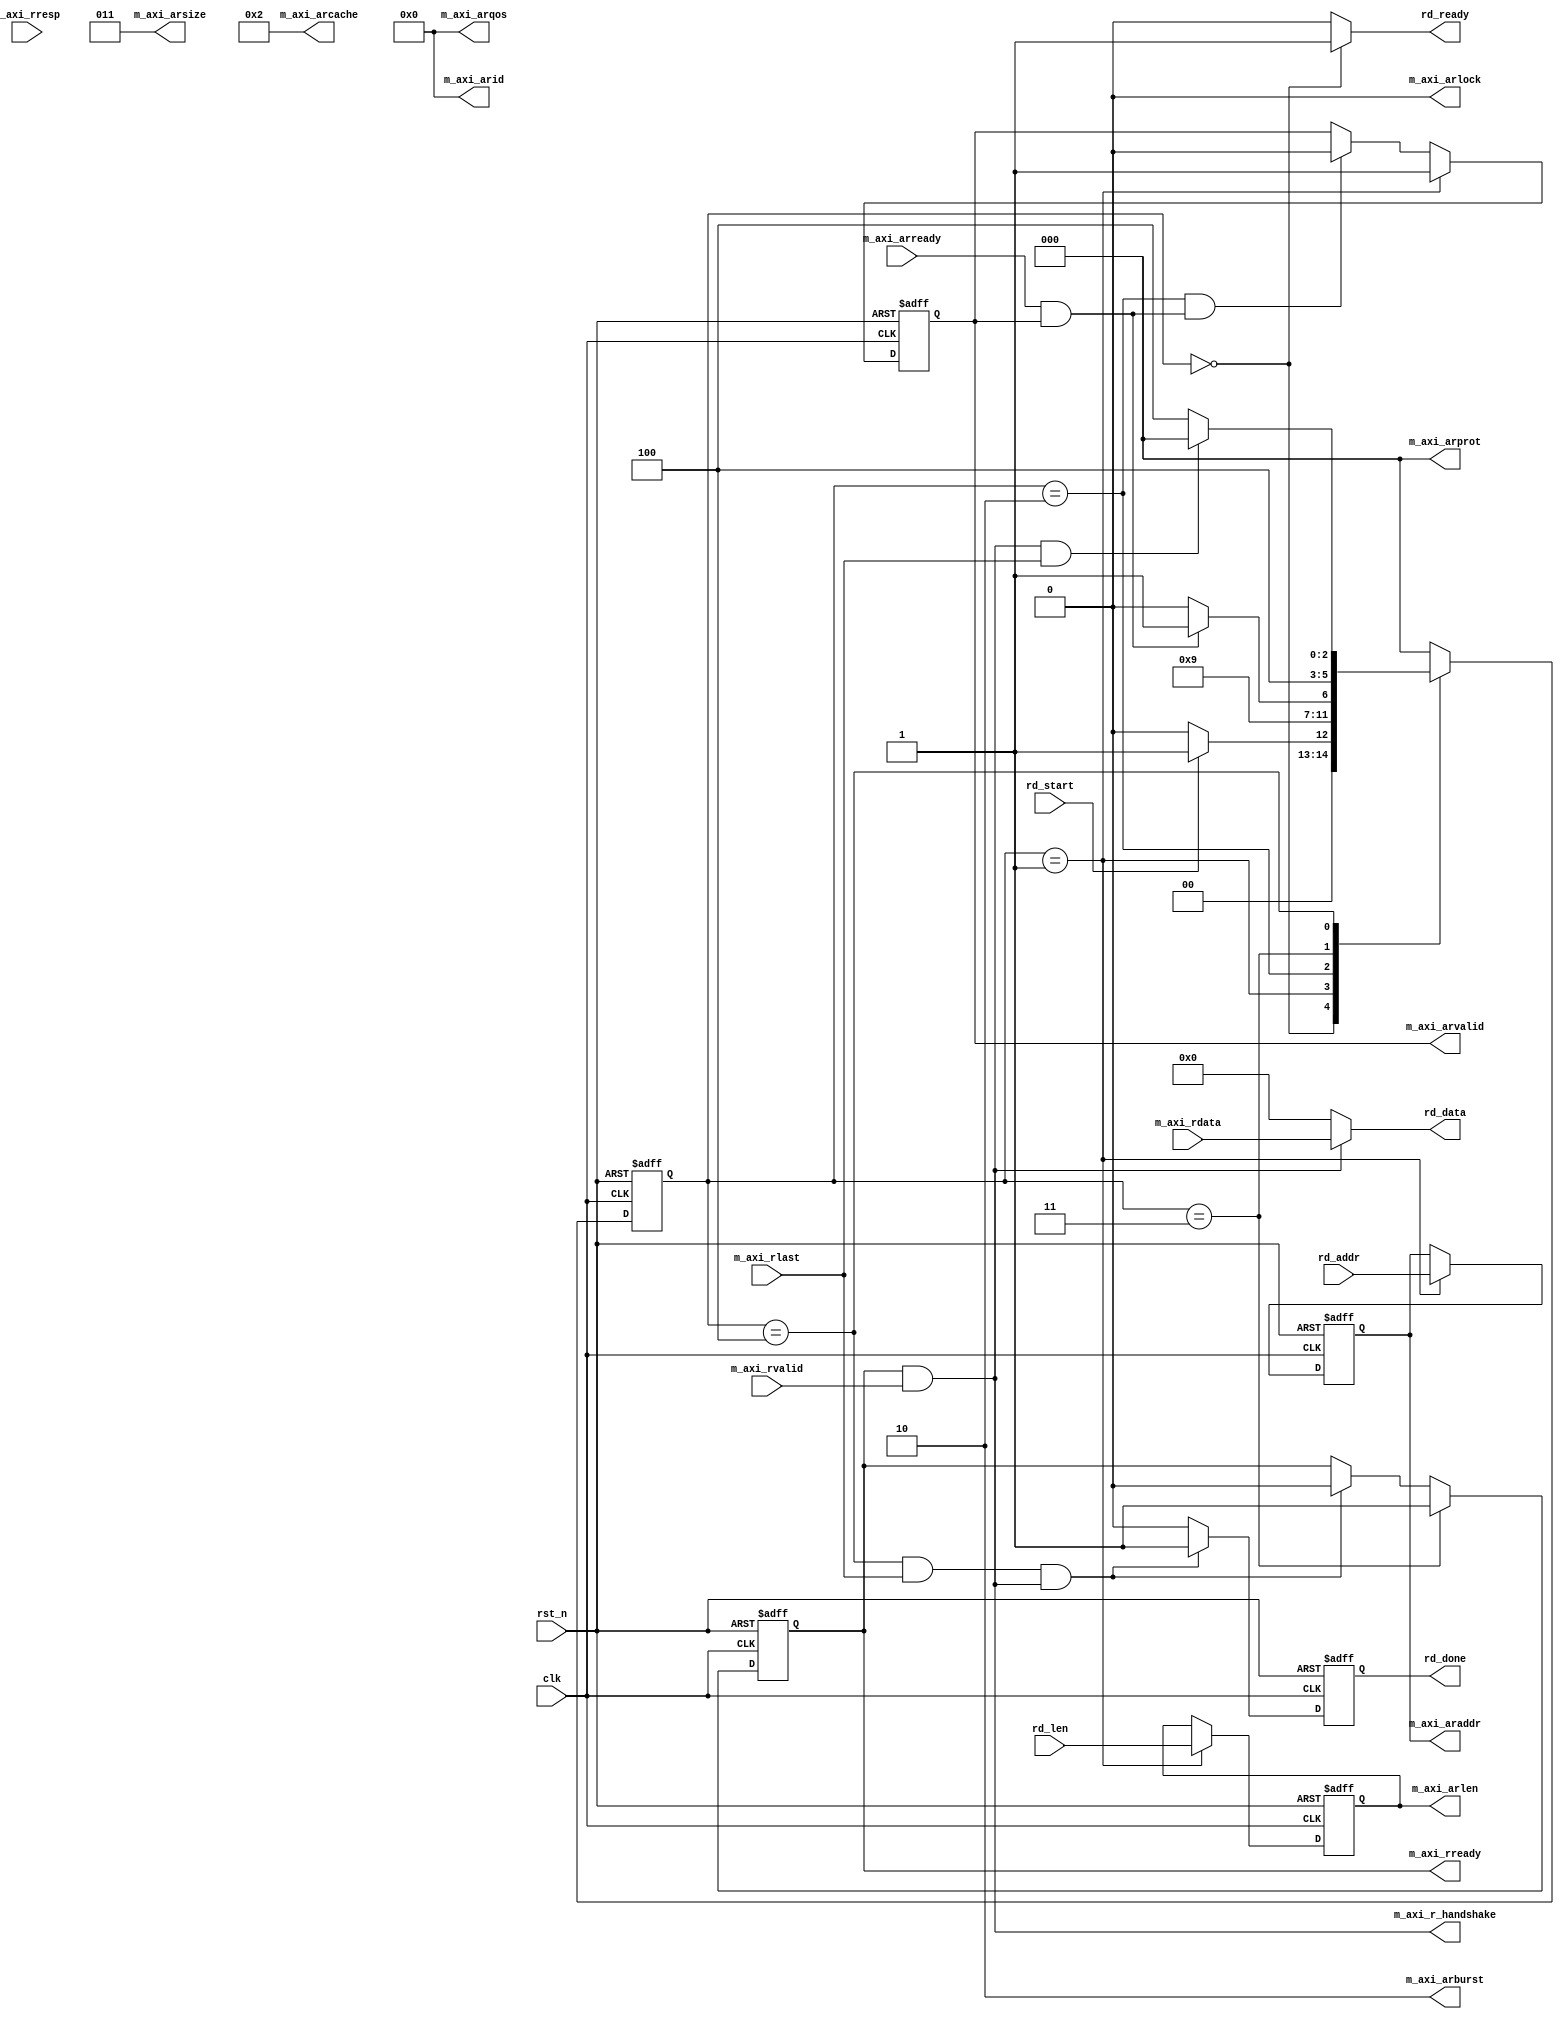
`timescale 1ns / 1ps
//////////////////////////////////////////////////////////////////////////////////
// Module Name: axi_master_rd 
// Description: AXI4,
//////////////////////////////////////////////////////////////////////////////////


module axi_master_rd
#(parameter     AXI_WIDTH     = 'd64    ,  //AXI
                AXI_AXSIZE    = 3'b011   )  //AXIaxi_axsize, AXI_WIDTH
(
        //
        input   wire                    clk              ,
        input   wire                    rst_n            ,
        input   wire                    rd_start         , //
        input   wire [29:0]             rd_addr          , //
        output  wire [AXI_WIDTH-1:0]    rd_data          , //
        input   wire [7:0]              rd_len           , //
        output  reg                     rd_done          , //
        output  wire                    rd_ready         , //
        output  wire                    m_axi_r_handshake, //
        
        //AXI4
        output  wire [3:0]              m_axi_arid      , 
        output  reg  [29:0]             m_axi_araddr    ,
        output  reg  [7:0]              m_axi_arlen     , //
        output  wire [2:0]              m_axi_arsize    , //(Byte)
        output  wire [1:0]              m_axi_arburst   , //
        output  wire                    m_axi_arlock    , 
        output  wire [3:0]              m_axi_arcache   , 
        output  wire [2:0]              m_axi_arprot    ,
        output  wire [3:0]              m_axi_arqos     ,
        output  reg                     m_axi_arvalid   , //valid
        input   wire                    m_axi_arready   , //
        
        //
        input   wire [AXI_WIDTH-1:0]    m_axi_rdata     , //
        input   wire [1:0]              m_axi_rresp     , //
        input   wire                    m_axi_rlast     , //
        input   wire                    m_axi_rvalid    , //
        output  reg                     m_axi_rready      //ready
    );
    
    //
    parameter   M_AXI_ARID      =  4'd0         ,
                M_AXI_ARSIZE    =  AXI_AXSIZE   , 
                M_AXI_ARBURST   =  2'b10        , //, INCR
                M_AXI_ARLOCK    =  1'b0         , //
                M_AXI_ARCACHE   =  4'b0010      , //, Normal Non-cacheable Non-bufferable
                M_AXI_ARPROT    =  3'b0         ,
                M_AXI_ARQOS     =  4'b0         ;   
    
    //
    parameter   IDLE    =   3'b000,  //
                RA_WAIT =   3'b001,  //
                RA      =   3'b010,  //
                R_WAIT  =   3'b011,  //
                R       =   3'b100;  //
    
    //
    reg [2:0]   state       ;
    reg [2:0]   next_state  ;
    
    //
    wire        m_axi_ar_handshake;  //
/*     reg         m_axi_r_handshake_d; //, */
    
    assign      m_axi_ar_handshake = m_axi_arready & m_axi_arvalid;
    assign      m_axi_r_handshake  = m_axi_rready & m_axi_rvalid;
    
    
    //
    assign  m_axi_arid    = M_AXI_ARID      ;
    assign  m_axi_arsize  = M_AXI_ARSIZE    ;
    assign  m_axi_arburst = M_AXI_ARBURST   ;
    assign  m_axi_arlock  = M_AXI_ARLOCK    ;
    assign  m_axi_arcache = M_AXI_ARCACHE   ;
    assign  m_axi_arprot  = M_AXI_ARPROT    ;
    assign  m_axi_arqos   = M_AXI_ARQOS     ;
    
    //
    //state
    always@(posedge clk or negedge rst_n) begin
        if(~rst_n) begin
            state <= IDLE;
        end else begin
            state <= next_state;
        end
    end

    //
    //next_state
    always@(*) begin
        case(state) 
            IDLE: begin  //(rd_start)
                if(rd_start) begin
                    next_state = RA_WAIT; //rd_start
                end else begin
                    next_state = IDLE;
                end
            end
            
            RA_WAIT: begin
                next_state = RA;
            end
            
            RA: begin
                if(m_axi_ar_handshake) begin //
                    next_state = R_WAIT;
                end else begin
                    next_state = RA;
                end
            end
            
            R_WAIT: begin
                next_state = R;
            end
            
            R: begin
                if(m_axi_r_handshake && m_axi_rlast) begin  //,
                    next_state = IDLE;
                end else begin
                    next_state = R;
                end
            end
            
            default: begin
                next_state = IDLE;
            end
        endcase
    end
    
    //valid
    //m_axi_arvalid
    always@(posedge clk or negedge rst_n) begin
        if(~rst_n) begin
            m_axi_arvalid <= 1'b0;
        end else if(state == RA_WAIT) begin
            m_axi_arvalid <= 1'b1;
        end else if(state == RA && m_axi_ar_handshake) begin  //
            m_axi_arvalid <= 1'b0;
        end else begin
            m_axi_arvalid <= m_axi_arvalid;
        end
    end
    
    //
    //m_axi_arlen / m_axi_araddr
    always@(posedge clk or negedge rst_n) begin 
        if(~rst_n) begin
            m_axi_arlen <= 8'd0;
            m_axi_araddr<= 30'd0;
        end else if(state == RA_WAIT) begin //RA_WAITarvalid, AXIlen
            m_axi_arlen <= rd_len;
            m_axi_araddr<= rd_addr;
        end else begin
            m_axi_arlen <= m_axi_arlen;
            m_axi_araddr<= m_axi_araddr;
        end
    end
    
    //ready
    //m_axi_rready
    always@(posedge clk or negedge rst_n) begin
        if(~rst_n) begin
            m_axi_rready <= 1'b0;
        end else if(state == R_WAIT) begin
            m_axi_rready <= 1'b1;
        end else if(state == R && m_axi_rlast && m_axi_r_handshake) begin //,
            m_axi_rready <= 1'b0;
        end else begin
            m_axi_rready <= m_axi_rready;
        end
    end
    
    //rd_ready
    assign rd_ready = (state == IDLE)?1'b1:1'b0;  //IDLE
    
    //rd_done
    always@(posedge clk or negedge rst_n) begin
        if(!rst_n) begin
            rd_done <= 1'b0;
        end else if(state == R && m_axi_rlast && m_axi_r_handshake) begin //,
            rd_done <= 1'b1;
        end else begin
            rd_done <= 1'b0;
        end
    end
    
/*     //m_axi_r_handshake_d
    always@(posedge clk or negedge rst_n) begin
        if(~rst_n) begin
            m_axi_r_handshake_d <= 1'b0;
        end else begin
            m_axi_r_handshake_d <= m_axi_r_handshake;
        end
    end */
    
    //rd_data 
    //,
    assign rd_data = (m_axi_r_handshake)?m_axi_rdata:'d0;
    

endmodule